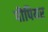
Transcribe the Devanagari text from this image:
पौपियर